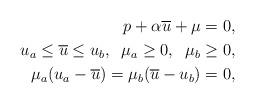
LaTeX: \begin{align*}p+\alpha \overline{u}+\mu=0, \\u_{a}\le \overline{u} \le u_{b}, \;\; \mu_{a}\ge 0, \;\;\mu_{b}\ge 0, \\\mu_{a}(u_{a}-\overline{u})=\mu_{b}(\overline{u}-u_{b})=0, \end{align*}